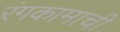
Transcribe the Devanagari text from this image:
रंगकामाची